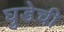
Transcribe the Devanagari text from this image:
घुडेची